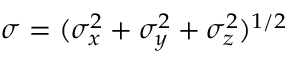
\sigma = ( \sigma _ { x } ^ { 2 } + \sigma _ { y } ^ { 2 } + \sigma _ { z } ^ { 2 } ) ^ { 1 / 2 }